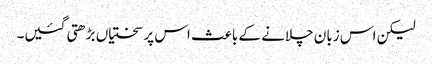
لیکن اس زبان چلانے کے باعث اس پر سختیاں بڑھتی گئیں۔